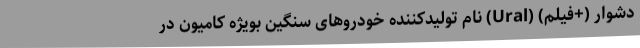
دشوار (+فیلم) (Ural) نام تولیدکننده خودروهای سنگین بویژه کامیون در